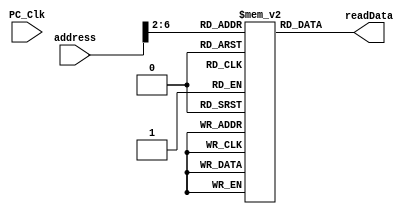
`timescale 1ns / 1ps
//////////////////////////////////////////////////////////////////////////////////
// Company: 
// Engineer: 
// 
// Design Name: 
// Module Name: instMemory
// Project Name: 
// Target Devices: 
// Tool Versions: 
// Description: 
// 
// Dependencies: 
// 
// Revision:
// Revision 0.01 - File Created
// Additional Comments:
// 
//////////////////////////////////////////////////////////////////////////////////


module instMemory(
        input PC_Clk,
        input [31:0] address,
        output [31:0] readData//wire assign  reg
    );
    reg [31:0] memFile[0:31];
    integer i;
    initial begin
        //$readmemb("D:/Archlab/lab05/lab05.srcs/instruction",memFile);
        for(i = 11; i <= 31; i = i + 1)
            memFile[i] = 0; 
        memFile[0] = 32'b10001100011000010000000000000000;  //lw $1, 0($3)
        memFile[1] = 32'b10001100011000100000000000000100;  //lw $2, 4($3)
        memFile[2] = 32'b00000000000000100010000001000010;
        memFile[3] = 32'b00000000000001000010100001000000;
        memFile[4] = 32'b00010000010001010000000000000001;
        memFile[5] = 32'b00000001000000010100000000100000;
        memFile[6] = 32'b00000000000000100001000001000010;
        memFile[7] = 32'b00000000000000010000100001000000;
        memFile[8] = 32'b00010000011000100000000000000001;
        memFile[9] = 32'b00001000000000000000000000000010;
        memFile[10] = 32'b10101100011010000000000000001000;
            /*
        memFile[0] = 32'b000000_00011_00010_00001_00000_100000;// add $1,$2,$3 b000000_00011_00010_00001_00000_100000
        memFile[1] = 32'b000000_00011_00010_00001_00000_100010;//sub b000000_00011_00010_00001_00000_100010
        memFile[2] = 32'b000000_00011_00010_00001_00000_100100;//and
        memFile[3] = 32'b000000_00011_00010_00001_00000_100101;//or
        memFile[4] = 32'b000000_00011_00010_00001_00000_100110;//xor b000000_00011_00010_00001_00000_100110
        memFile[5] = 32'b000000_00011_00010_00001_00000_101010;//slt
        memFile[6] = 32'b101011_00011_00010_00000_00000_001010;//sw $2,10($3) 
        memFile[7] = 32'b100011_00011_00001_00000_00000_001010;//lw $1,10($3)
        */
        /*
        1
        00000000011000100000100000100000
        00000000011000100000100000100010
        00000000011000100000100000100100
        00000000011000100000100000100101
        00000000011000100000100000100110
        00000000011000100000100000101010
        10101100011000100000000000001010
        10001100011000010000000000001010
        */
        //memFile[8] = 
    end
    assign readData = memFile[(address >> 2)];//here !!!!!
endmodule